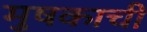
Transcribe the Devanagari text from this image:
मुषकाची